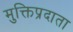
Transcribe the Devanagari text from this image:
मुक्तिप्रदाता